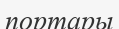
портары